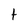
Character: t